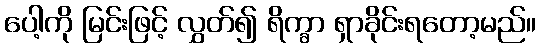
ပေါ့ကို မြင်းဖြင့် လွှတ်၍ ရိက္ခာ ရှာခိုင်းရတော့မည်။